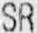
SR